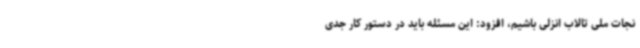
نجات ملی تالاب انزلی باشیم، افزود: این مسئله باید در دستور کار جدی